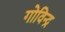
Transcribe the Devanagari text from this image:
गोविन्द्र